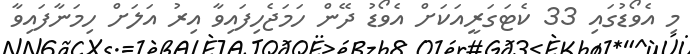
މި އެވޯޑުގައި 33 ކެޓަގަރީއަކަށް އެވޯޑު ދޭން ހަމަޖެހިފައިވާ އިރު އަލަށް ހިމަނާފައިވާ